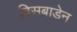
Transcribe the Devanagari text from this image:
विसबाडेन